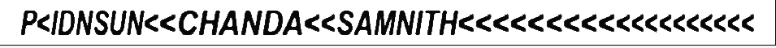
P<IDNSUN<<CHANDA<<SAMNITH<<<<<<<<<<<<<<<<<<<